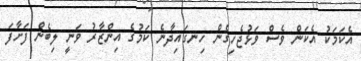
އެކަމަކު އެކަން ވެސް ވަޅުޖެހިގެން ހިނގައިދާނެ ކަމުގެ އިންޒާރު ވަނީ ލިބެން ފަށާފަ